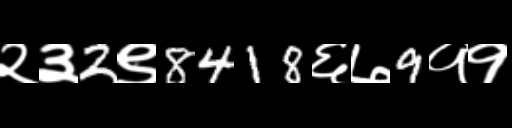
Text: २३2९8418६७9११